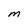
Character: M